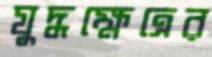
যুদ্ধক্ষেত্রের